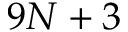
9 N + 3